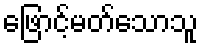
ဖြောင့်မတ်သောသူ